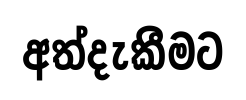
අත්දැකීමට